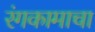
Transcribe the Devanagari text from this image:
रंगकामाचा